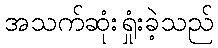
အသက်ဆုံးရှုံးခဲ့သည်